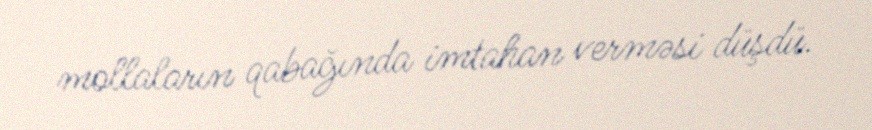
mollaların qabağında imtahan verməsi düşdü.